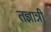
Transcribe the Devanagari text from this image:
तज्ञान्नी